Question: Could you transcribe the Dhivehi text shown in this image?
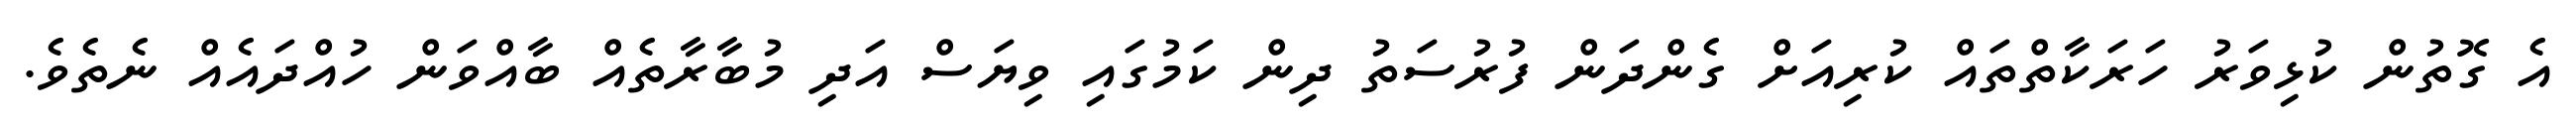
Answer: އެ ގޮތުން ކުޅިވަރު ހަރަކާތްތައް ކުރިއަށް ގެންދަން ފުރުސަތު ދިން ކަމުގައި ވިޔަސް އަދި މުބާރާތެއް ބާއްވަން ހުއްދައެއް ނެތެވެ.